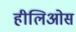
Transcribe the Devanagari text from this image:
हीलिओस